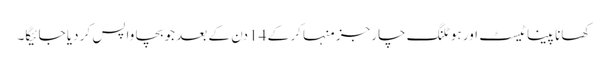
کھانا پینا ٹیسٹ اور ہوٹلنگ چارجز منہا کر کے 14 دن کے بعد جو بچا واپس کر دیا جائیگا۔